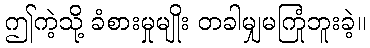
ဤကဲ့သို့ ခံစားမှုမျိုး တခါမျှမကြုံဘူးခဲ့။